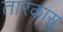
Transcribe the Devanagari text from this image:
तारकास्रु